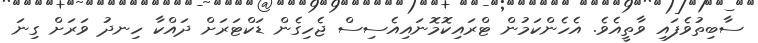
ސާބިތުވެފައި ވާތީއެވެ. އެހެންކަމުން ޓްރައިކޮމޮނައިއެސިސް ޖެހިގެން ޑަކްޓަރަށް ދައްކާ ހިނދު ވަރަށް ގިނަ